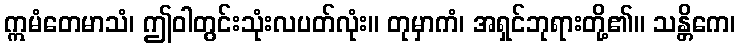
ဣမံတေမာသံ၊ ဤဝါတွင်းသုံးလပတ်လုံး။ တုမှာကံ၊ အရှင်ဘုရားတို့၏။ သန္တိကေ၊